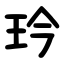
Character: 玪